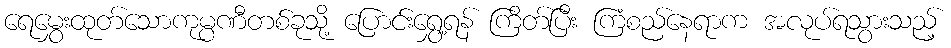
ရေမွှေးထုတ်သောကုမ္ပဏီတစ်ခုသို့ ပြောင်းရွှေ့ရန် ကြိတ်ပြီး ကြံစည်နေရာက အလုပ်ရသွားသည့်